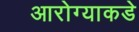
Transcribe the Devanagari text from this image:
आरोग्याकडे